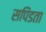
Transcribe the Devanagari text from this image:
सपिंडता